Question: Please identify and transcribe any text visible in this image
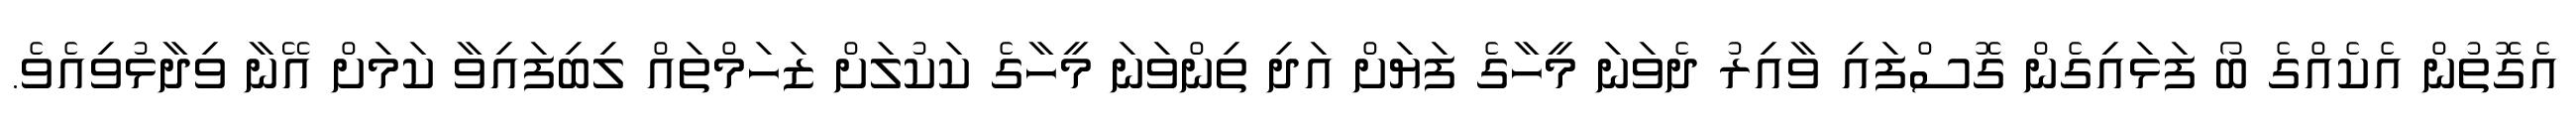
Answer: އެގޮތުން އެކެއްގެ ބޯ ފަޅައިގެން ގޮސްފައި ވާއިރު ދެވަނަ މީހާގެ ފަޔަށް އަދި ތިންވަނަ މީހާގެ ކަކުލަށް ޒަހަމްތައް ލިބިފައިވާ ކަމަށް އޭނާ ވިދާޅުވިއެވެ.